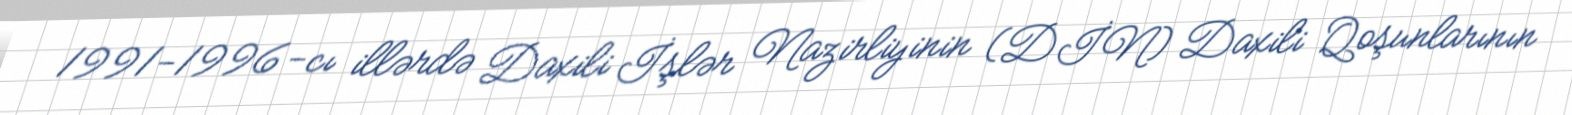
1991-1996-cı illərdə Daxili İşlər Nazirliyinin (DİN) Daxili Qoşunlarının